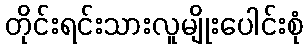
တိုင်းရင်းသားလူမျိုးပေါင်းစုံ